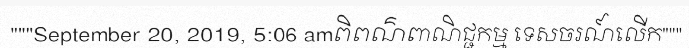
"""September 20, 2019, 5:06 amពិពណ៌ពាណិជ្ជកម្ម ទេសចរណ៍លើក"""